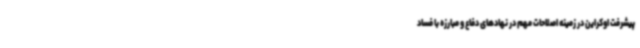
پیشرفت اوکراین در زمینه اصلاحات مهم در نهادهای دفاع و مبارزه با فساد